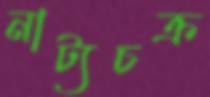
নাট্যচক্র